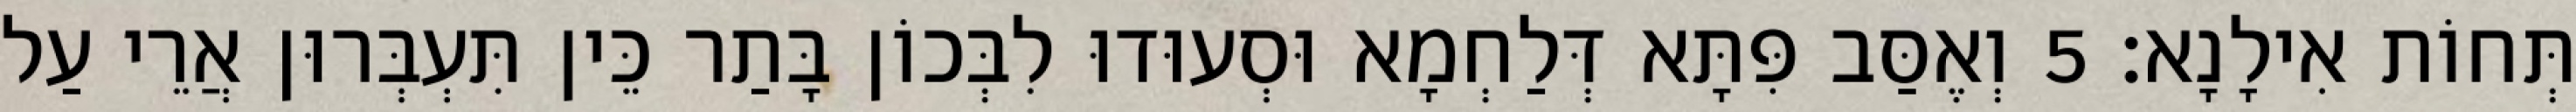
תְּחוֹת אִילָנָא׃ 5 וְאֶסַּב פִּתָּא דְּלַחְמָא וּסְעוּדוּ לִבְּכוֹן בָּתַר כֵּין תִּעְבְּרוּן אֲרֵי עַל